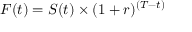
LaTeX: F ( t ) = S ( t ) \times ( 1 + r ) ^ { ( T - t ) }